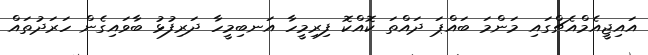
އައިޖީއެމްއެޗްގައި މަންމަ ބައްޕަ ދައްތަ ކޮއްކޮ ފިރިމީހާ އަނބިމީހާ ދަރިފުޅު ބާވައިގެން ހަރަދުތައް